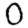
Digit: 0